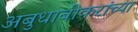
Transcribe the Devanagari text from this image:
अबुधाबीकरांच्या